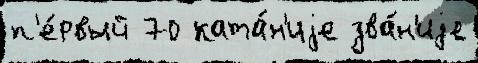
п'е́рвый 70 ката́н'иjе зва́н'иjе